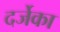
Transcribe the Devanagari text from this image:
दर्जेका